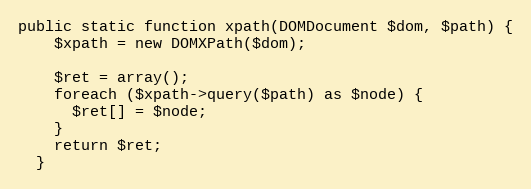
Language: PHP
public static function xpath(DOMDocument $dom, $path) {
    $xpath = new DOMXPath($dom);

    $ret = array();
    foreach ($xpath->query($path) as $node) {
      $ret[] = $node;
    }
    return $ret;
  }